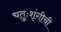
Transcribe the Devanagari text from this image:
चतुःशृंगीची